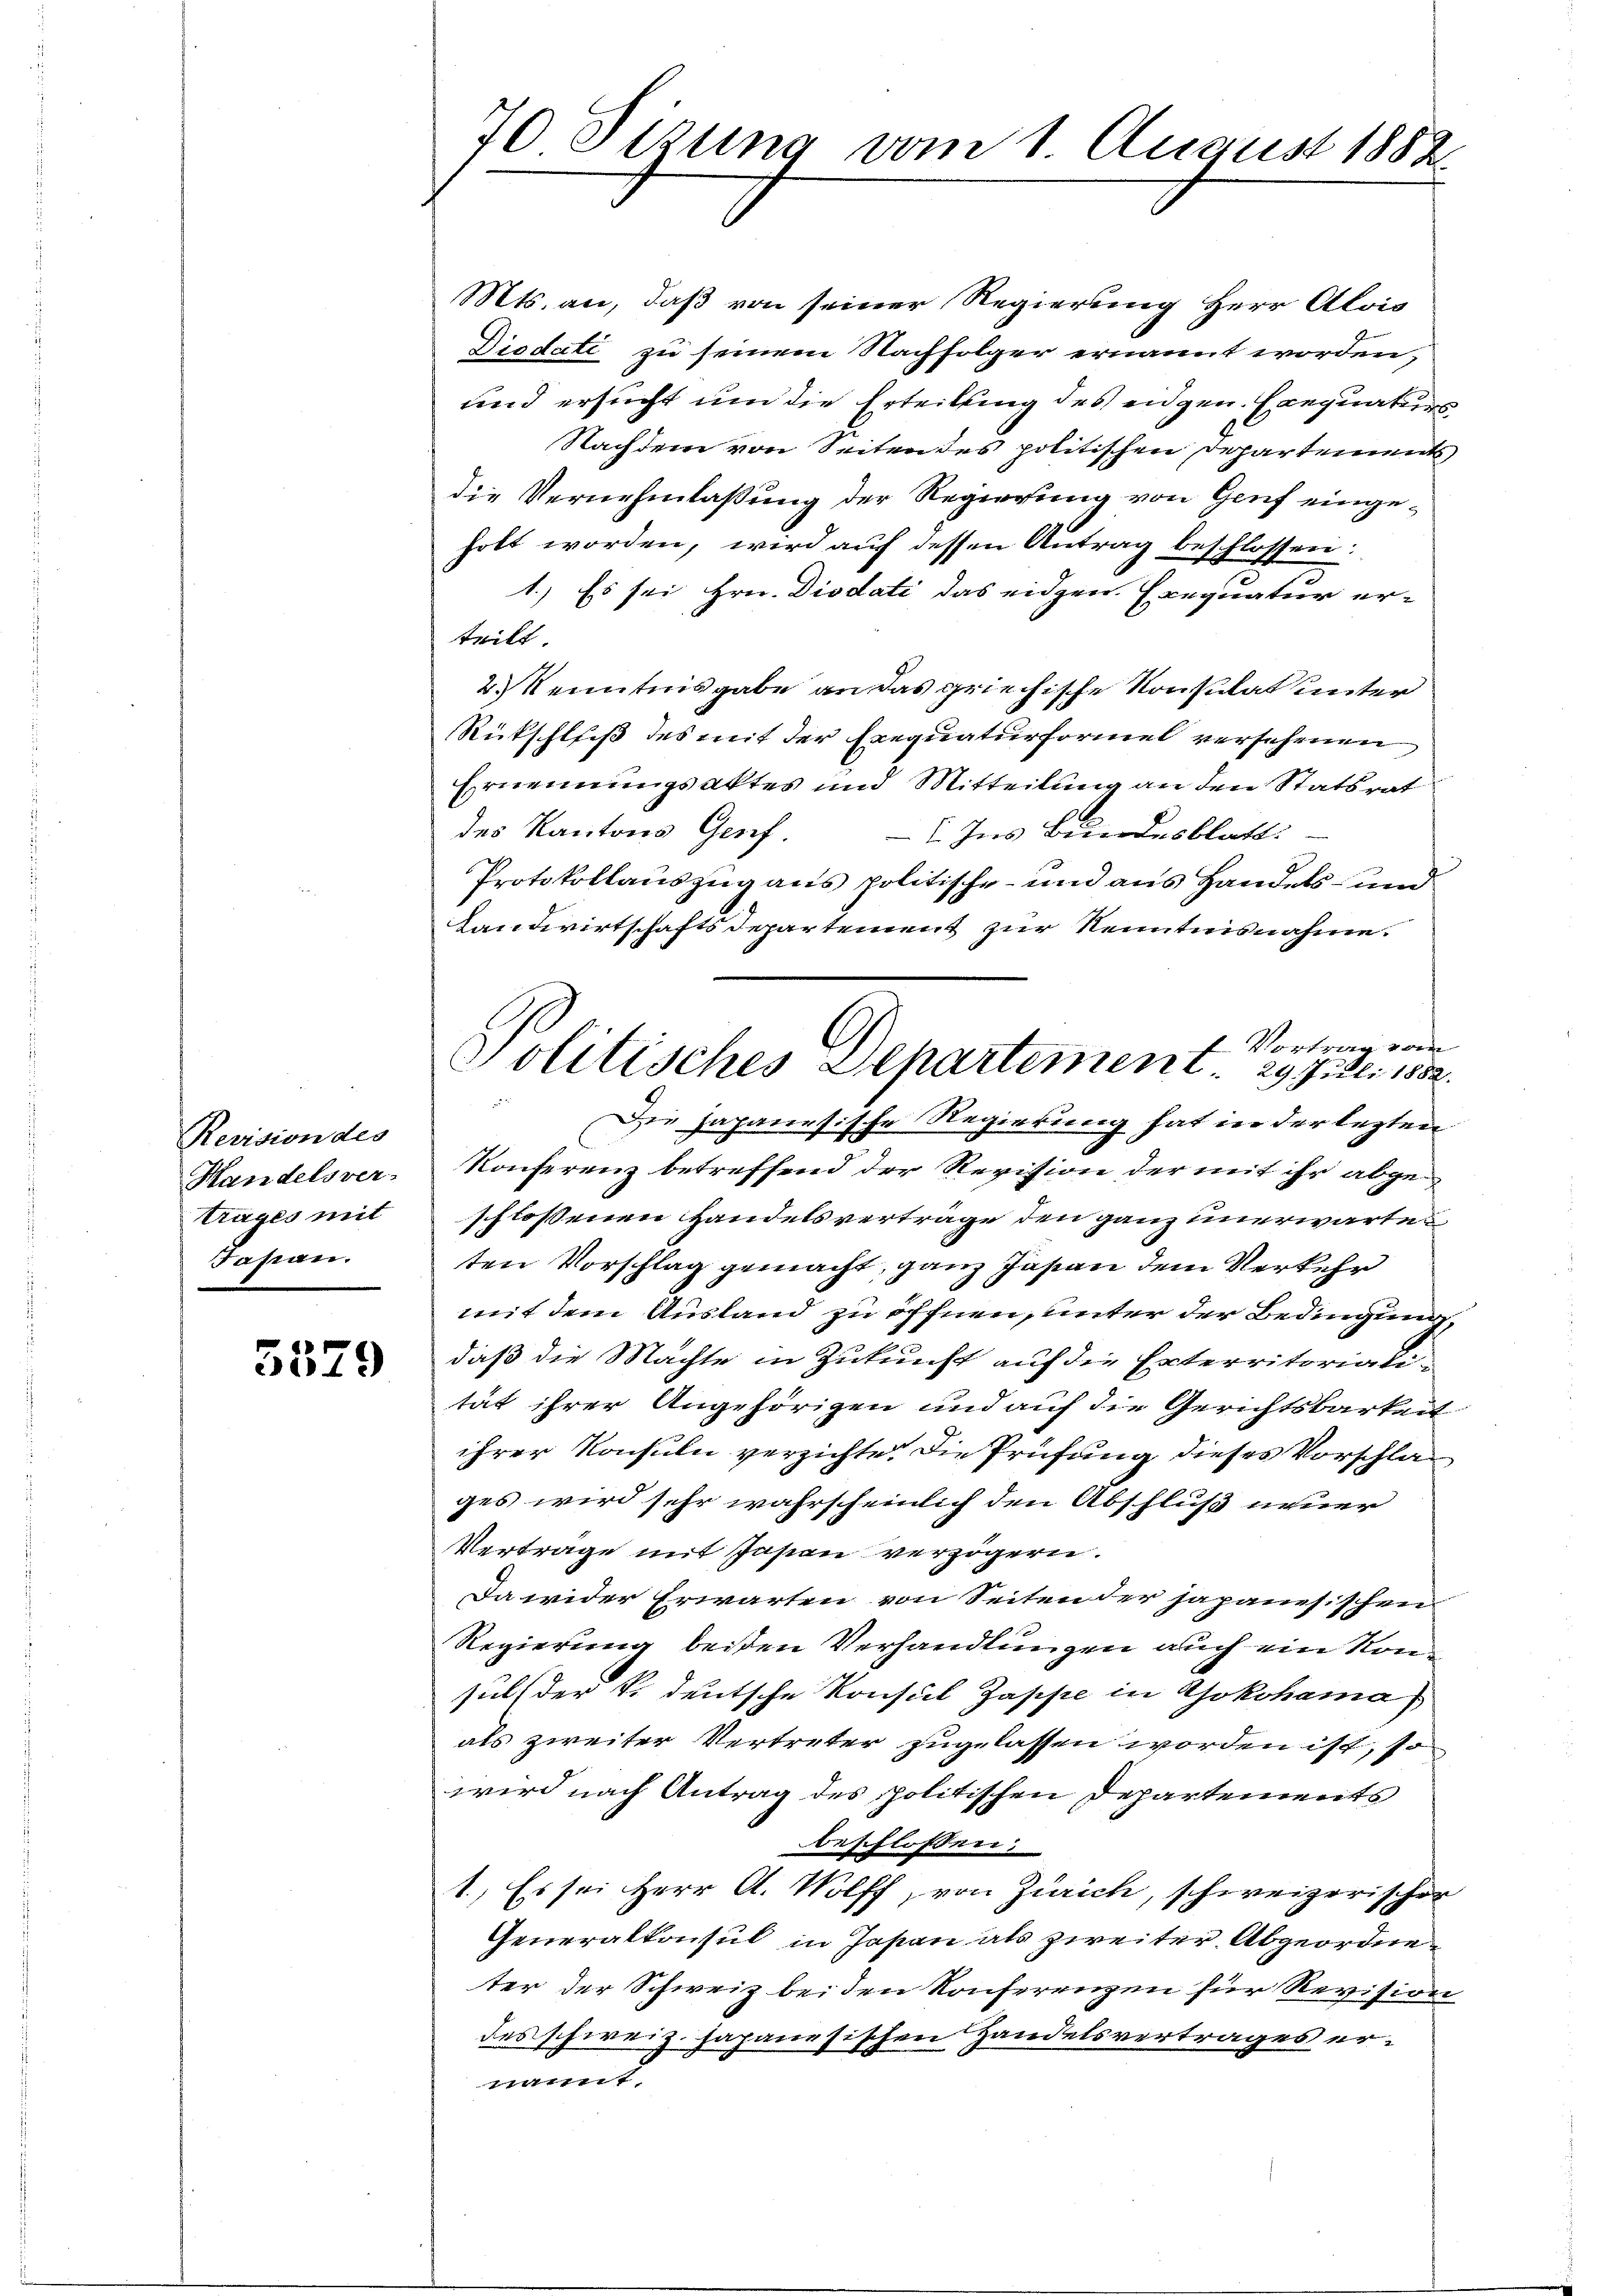
Revision des
Handelsver-
Trages mit
Fasan.

3579

70 Sizung vom 1 August 1882.

Mts. an, daß von seiner Regierung Herr Alois
Disdati zu seinem Nachfolger ernannt worden,
und ersucht um die Erteilung des engen. Exequaturs
Nachdem von Seiten des politischen Departements,
die Vernehmlassung der Regierung von Genf eingeholt worden, wird auf dessen Antrag beschlossen:
1.) Es sei Hrn. Diodati das eidgen. Exequatur er-
tritt
2.) Kenntnisgabe an das griechische Konsulat unter
Rückschluß des mit der Exequaturformel versehenen
Ernennungsaktes und Mitteilung an den Statsrat
des Kantons Genf. - Ins Bundesblatt
Protokollauszug aus politische- und aus Handels- und
Landwirtschaftsdepartement zur Kenntnisnahme.
f Vortrag vom
Die Japanesische Regierung hat in der lezten
Konferenz betreffend der Revision der mit ihr abgeschlossenen Handelsverträge den ganz unerwarten
ten Vorschlag gemacht, ganz Japan dem Verkehr
mit dem Ausland zu öffnen, unter der Bedingung,
daß die Machte in Zukunft auf die Enterritorialität ihrer Angehörigen und auf die Gerichtsbarkeit
ihrer Konsuln verzichte. Die Prüfung dieses Vorschlages wird sehr wahrscheinlich den Abschluß neuer
Vertrage mit Pasien verzögern.
Da wider Erwarten von Seiten der japanesischen
Regierung beiten Verhandlungen auch ein Konsuls der S. deutsche Konsul Zappe in Yokohama)
als zweiter Vertreter zugelassen worden ist, so
wird nach Antrag des politischen Departements
beschloßen:
1., Es sei Herr A. Wolff, von Zürich, schweizerischen
Generalkonsul in Japan als zweiter Abgeordne
ter der Schweiz bei den Konferenzen für Revision
des schweiz. Japanesischen Handelsvertrages ernannt.

Politisches Departement 29. Juli 1882